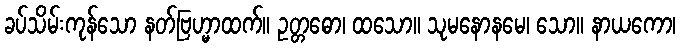
ခပ်သိမ်းကုန်သော နတ်ဗြဟ္မာထက်။ ဥတ္တဓော၊ ထသော။ သုမနောနမေ၊ သော။ နာယကော၊